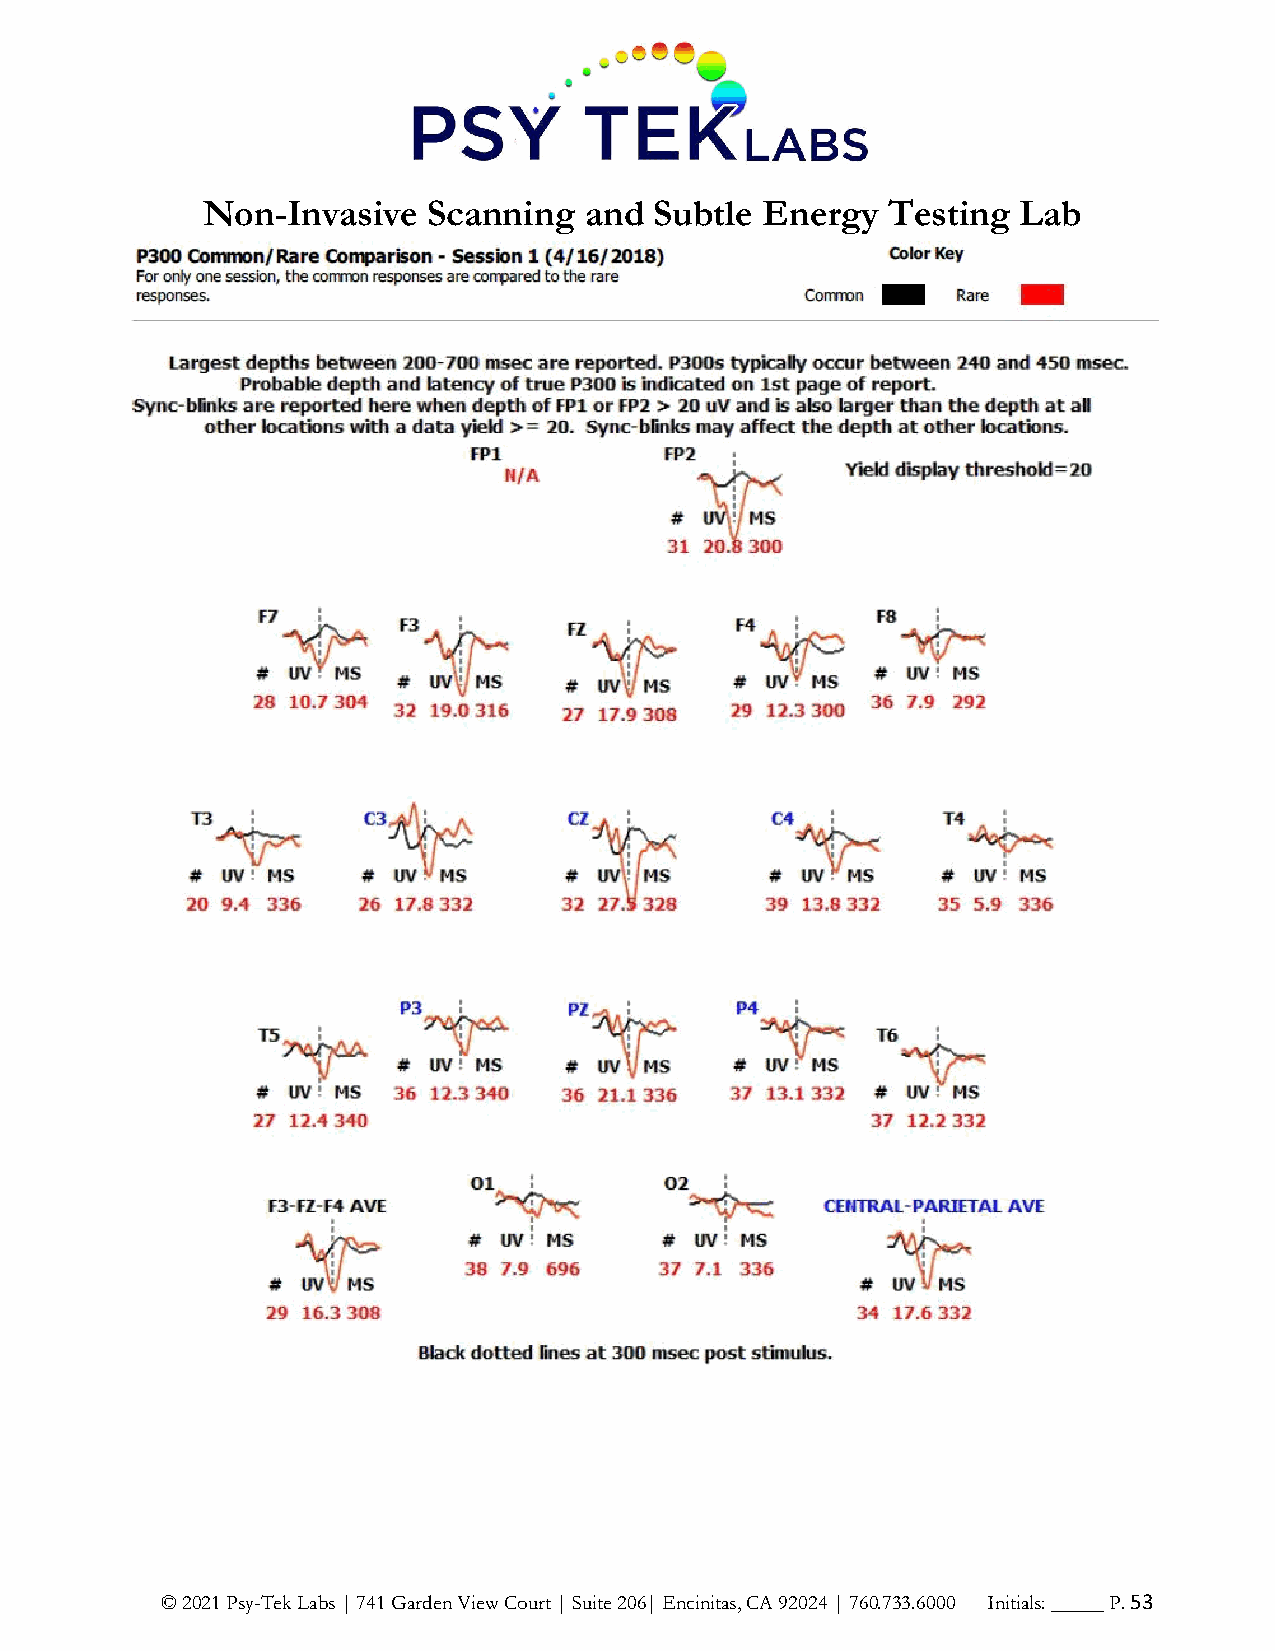
Non-Invasive   Scanning   and Subtle Energy   Testing  Lab
 © 2021 Psy-Tek Labs | 741 Garden View Court | Suite 206| Encinitas, CA 92024 | 760.733.6000 Initials: _____ P. 53